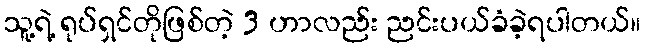
သူ့ရဲ့ ရုပ်ရှင်တိုဖြစ်တဲ့ 3 ဟာလည်း ညင်းပယ်ခံခဲ့ရပါတယ်။